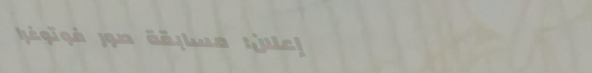
إعلان: مسابقة صور فوتوغرا